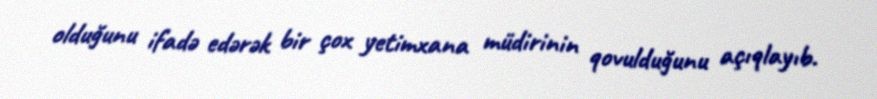
olduğunu ifadə edərək bir çox yetimxana müdirinin qovulduğunu açıqlayıb.